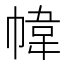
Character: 幃